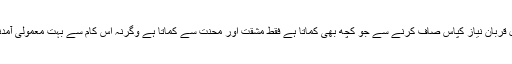
نانی کے بقول قربان نیاز کپاس صاف کرنے سے جو کچھ بھی کماتا ہے فقط مشقت اور محنت سے کماتا ہے وگرنہ اس کام سے بہت معمولی آمدنی ہوتی ہے ۔